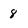
Character: 8